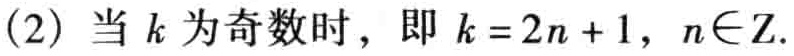
(2) 当 \(k\) 为奇数时，即 \(k = 2n + 1\)，\(n\in \mathbb{Z}\).